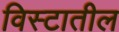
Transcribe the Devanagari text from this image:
विस्टातील